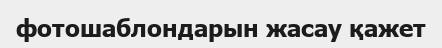
фотошаблондарын жасау қажет